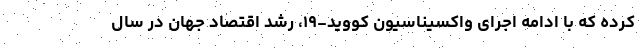
کرده که با ادامه اجرای واکسیناسیون کووید-۱۹، رشد اقتصاد جهان در سال